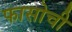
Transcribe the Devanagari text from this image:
फासोची